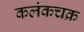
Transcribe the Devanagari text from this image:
कलंकचक्र